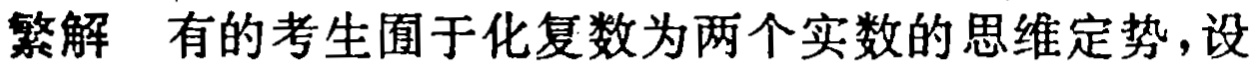
繁解 有的考生囿于化复数为两个实数的思维定势，设